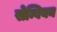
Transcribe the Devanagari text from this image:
सेम्बियन